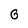
Character: G